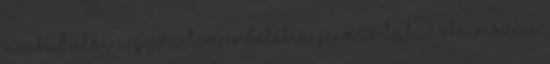
szabadulni a győzelem érdekében. JC már túlzásba viszi a